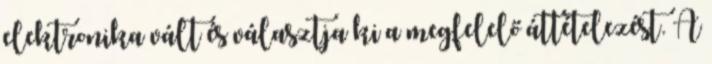
elektronika vált és választja ki a megfelelő áttételezést. A